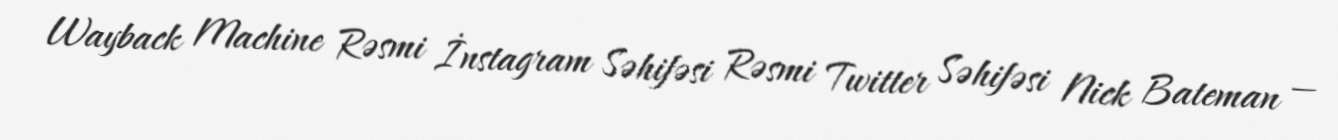
Wayback Machine Rəsmi İnstagram Səhifəsi Rəsmi Twitter Səhifəsi Nick Bateman —